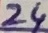
Text: 24